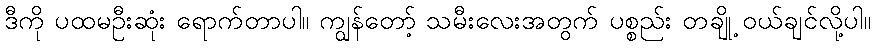
ဒီကို ပထမဦးဆုံး ရောက်တာပါ။ ကျွန်တော့် သမီးလေးအတွက် ပစ္စည်း တချို့ ဝယ်ချင်လို့ပါ။